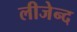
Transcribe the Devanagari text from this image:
लीजेन्द